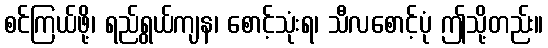
စင်ကြယ်ဖို့၊ ရည်ရွယ်ကျန၊ စောင့်သုံးရ၊ သီလစောင့်ပုံ ဤသို့တည်း။